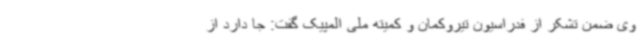
وی ضمن تشکر از فدراسیون تیروکمان و کمیته ملی المپیک گفت: جا دارد از